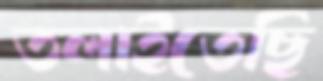
তলাইতেছি